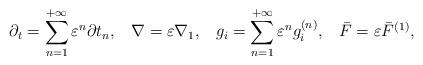
LaTeX: \begin{align*}{\partial _t} = \sum\limits_{n = 1}^{ + \infty } {{\varepsilon ^n}\partial {t_n}} , \; \;\;\nabla = \varepsilon {\nabla _1}, \; \;\;{g_i} = \sum\limits_{n = 1}^{ + \infty } {{\varepsilon ^n}g_i^{\left( n \right)}} , \; \;\; \bar F = \varepsilon {\bar F^{\left( 1 \right)}},\end{align*}